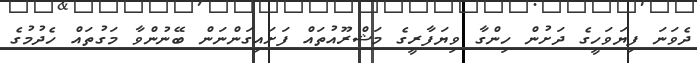
ދެވަނަ ފިޔަވަހީގެ ދަށުން ހިންގާ ވިޔަފާރީގެ މަޝްރޫއުތައް ފަށައިގަންނަން ބޭނުންވާ މަގުތައް ހެދުމުގެ